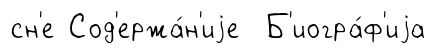
сн'е Сод'ержа́н'иjе Б'иогра́ф'иjа